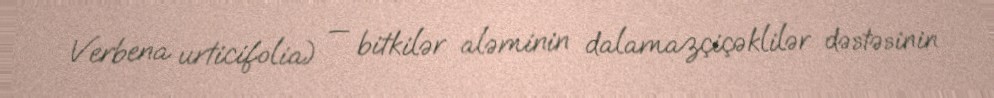
Verbena urticifolia) — bitkilər aləminin dalamazçiçəklilər dəstəsinin